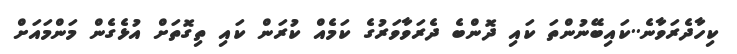
ކިހާދެރަވާނެ..ކައިބޭނުންތަ ކައި ދޮންބެ ދެރަވާވަރުގެ ކަމެއް ކުރަން ކައި ތިގޮތަށް އުޅެގެން މަންމައަށް